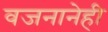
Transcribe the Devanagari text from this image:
वजनानेही